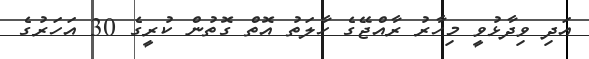
އަދި ވިދާޅުވީ މިހާރު ރާއްޖޭގެ ހާލަތު އޮތް ގޮތުން ކުރީގެ 30 އަހަރުގެ